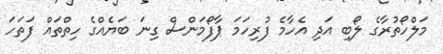
މަލްހޯތުރާގެ ލޯބި އަދި އެހާމެ ފުރިހަމަ ޕާފޯމަންސް ގިނަ ބަޔެއްގެ ހިތްތައް ފަތަހަ